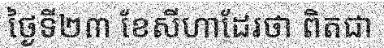
ថ្ងៃទី២៣ ខែសីហាដែរថា ពិតជា